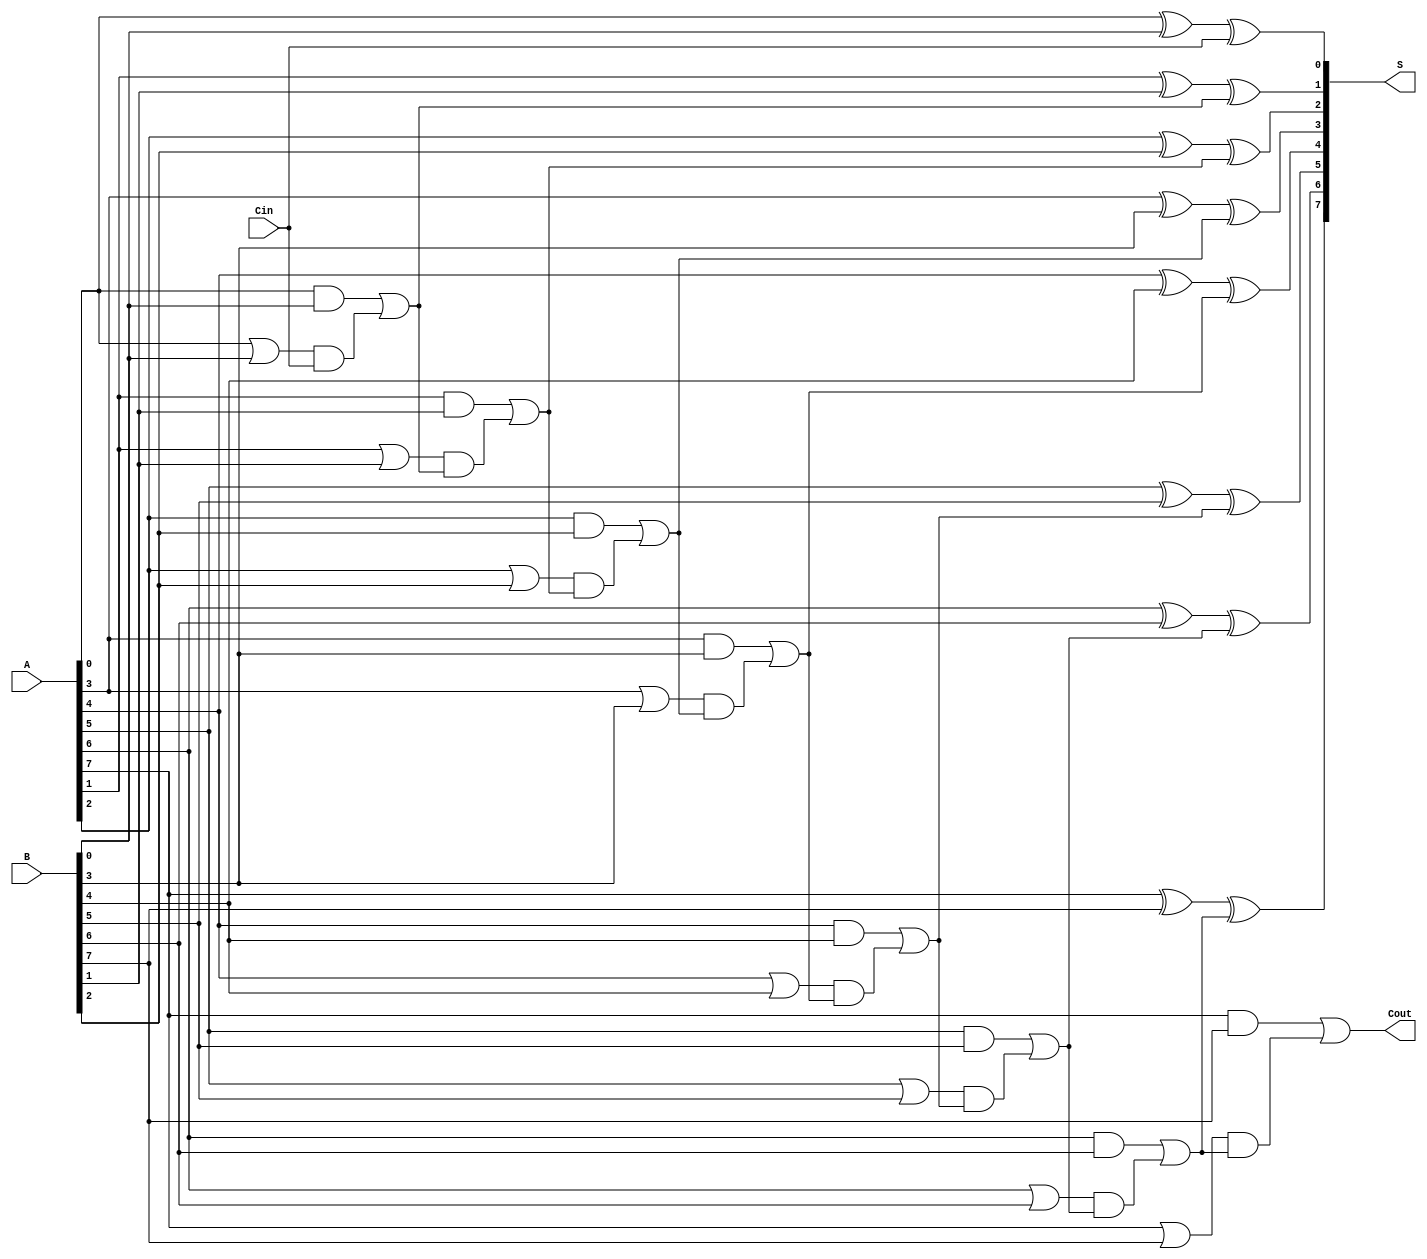
module ManchesterCarryChainAdder #(
    parameter N = 8  // Parameter for bit-width, default is 8
)(
    input  wire [N-1:0] A,    // First n-bit input
    input  wire [N-1:0] B,    // Second n-bit input
    input  wire Cin,           // Carry-in input
    output wire [N-1:0] S,     // n-bit sum output
    output wire Cout           // Carry-out output
);

    // Carry generate and propagate signals
    wire [N-1:0] G;  // Generate signals
    wire [N-1:0] P;  // Propagate signals
    wire [N:0] C;    // Carry signals (C[0] = Cin)

    // Carry generation and propagation logic
    genvar i;
    generate
        for (i = 0; i < N; i = i + 1) begin : carry_logic
            assign G[i] = A[i] & B[i];        // Generate
            assign P[i] = A[i] | B[i];        // Propagate
            assign C[i+1] = G[i] | (P[i] & C[i]); // Carry chain
        end
    endgenerate

    // Initial carry input
    assign C[0] = Cin;

    // Sum calculation
    generate
        for (i = 0; i < N; i = i + 1) begin : sum_logic
            assign S[i] = A[i] ^ B[i] ^ C[i]; // Sum
        end
    endgenerate

    // Carry-out output
    assign Cout = C[N];

endmodule